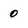
Character: 0